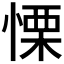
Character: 慄